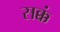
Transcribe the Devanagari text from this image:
सक्कं